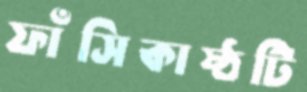
ফাঁসিকাষ্ঠটি